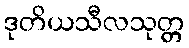
ဒုတိယသီလသုတ္တ